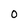
Character: 0